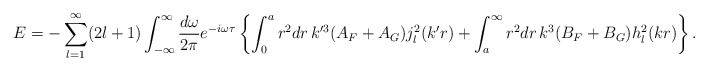
\begin{align*}E=-\sum_{l=1}^\infty(2l+1)\int_{-\infty}^\infty{d\omega\over2\pi}e^{-i\omega\tau}\left\{\int_0^a r^2dr\,k^{\prime 3}(A_F+A_G)j_l^2(k'r)+\int_a^\infty r^2dr\,k^3(B_F+B_G)h_l^2(kr)\right\}.\end{align*}